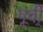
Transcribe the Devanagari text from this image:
पूर्वी्